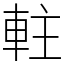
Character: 軴